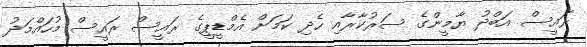
ރައީސް އަބްދު ޔާމީންގެ ސަރުކާރާއި ހެދި ކަމަށް އެމްޑީޕީގެ ރައީސް ރައީސް މުހައްމަދު